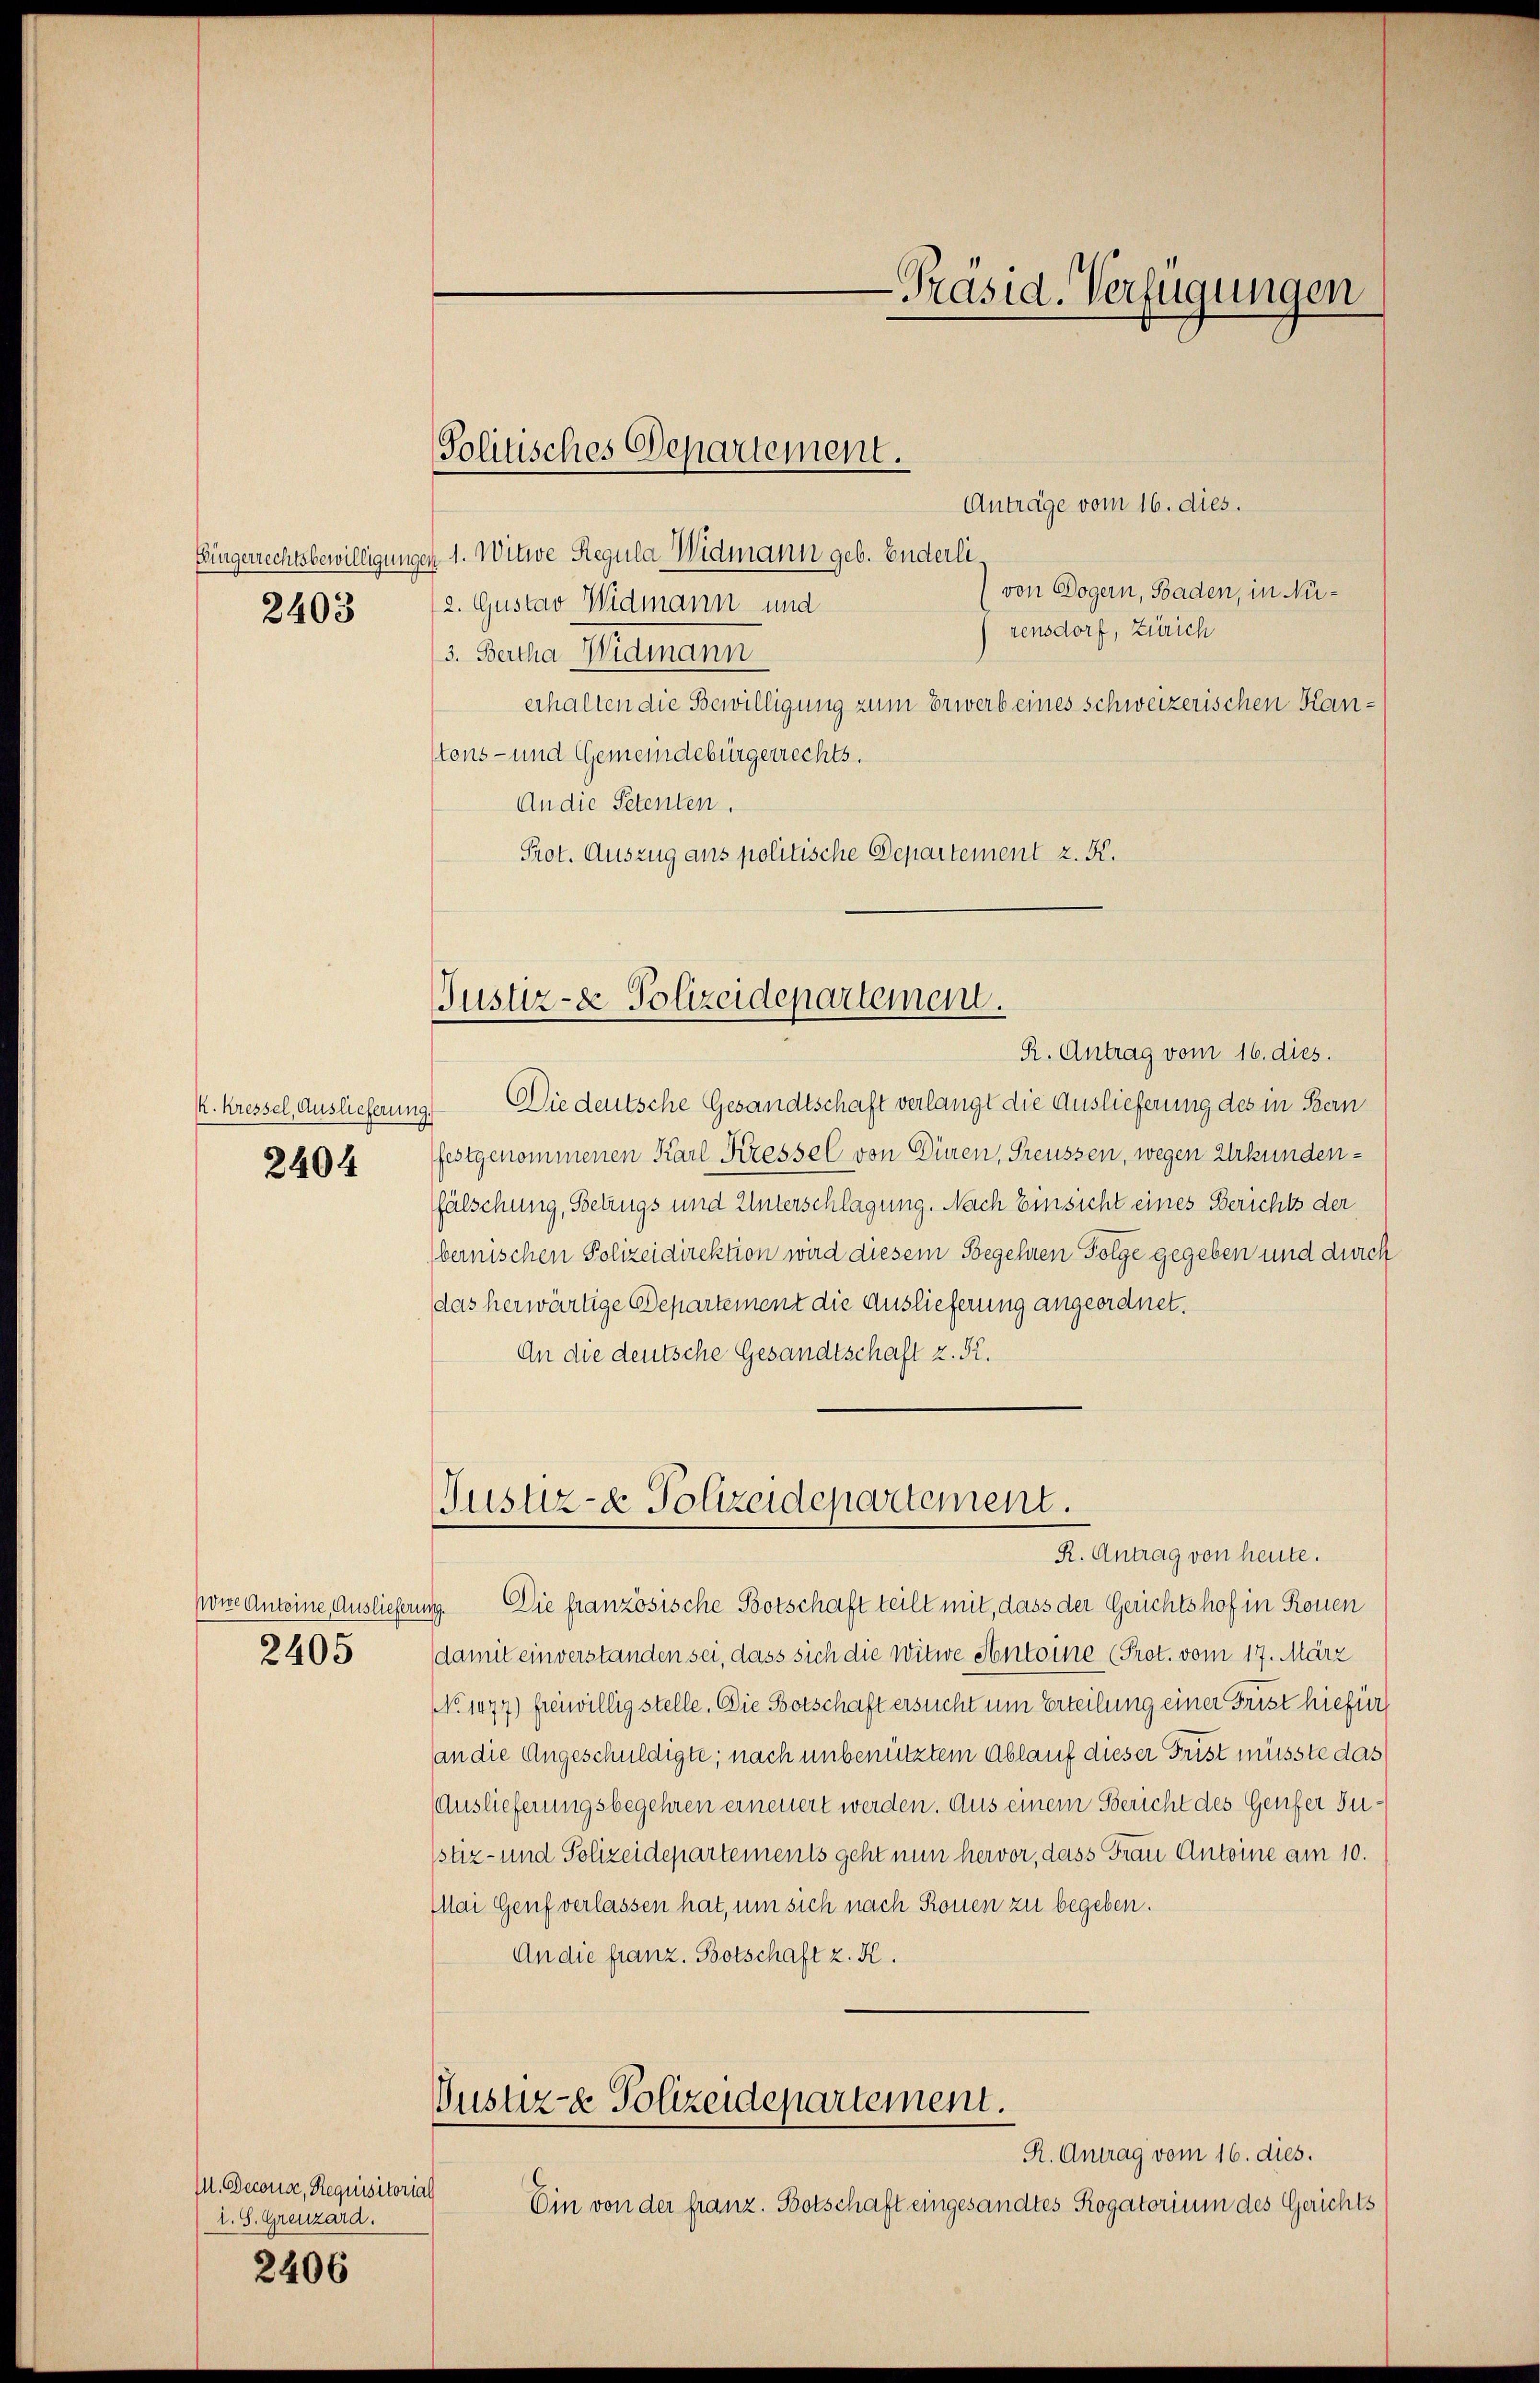
2403

k. Kressel, Auslieferung.
2404

2405

M. Decora, Requisitorial
l. S. Grenzard.

2406

Politisches Departement.

Anträge vom 16. dies.
Eingerrechtsbewilligungen 1. Witwe Regula Widmann geb. Enderlivon Dogern, Baden, in Ni¬
2. Gustav Widmann und
rensdorf, Zürich
3. Bertha Widmann
erhalten die Bewilligung zum Erwerb eines schweizerischen Kantons- und Gemeindebürgerrechts.
An die Petenten,
Prot. Auszug ans politische Departement z. K.

Justiz- & Polizeidepartement.
R. Antrag vom 16. dies.

Justiz- & Polizeidepartement.
R. Antrag von heute.

Die deutsche Gesandtschaft verlangt die Auslieferung des in Bern
festgenommenen Karl Kressel von Düren, Freussen, wegen Urkundenfälschung, Betrugs und Unterschlagung. Nach Einsicht eines Berichts der
bernischen Polizeidirektion wird diesem Begehren Folge gegeben und durch
das herwärtige Departement die Auslieferung angeordnet.
An die deutsche Gesandtschaft z. 52.
powe Anteine Auslieferung. Die französische Botschaft teilt mit, dass der Gerichtshof in Rouen
damit einverstanden sei, dass sich die Witwe Antoine (Prot. vom 17. März
No 1477) freiwillig stelle. Die Botschaft ersucht um Erteilung einer Frist hiefür
an die Angeschuldigte; nach unbenütztem Ablauf dieser Frist müsste das
Auslieferungsbegehren erneuert werden. Aus einem Bericht des Genfer Justiz- und Polizeidepartements geht nun hervor, dass Frau Antoine am 10.
Mai Genf verlassen hat, um sich nach Kronen zu begeben.
An die franz. Botschaft z. K.
Gustiz- & Polizeidepartement.
R. Antrag vom 16. dies.
Ein von der franz. Botschaft eingesandtes Rogatorium des Gerichts

-Präsid. Verfügungen